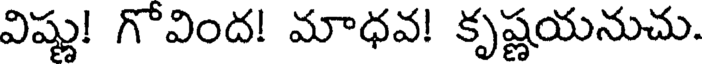
విష్ణు! గొవింద! మాధవ! కృష్ణయనుచు.